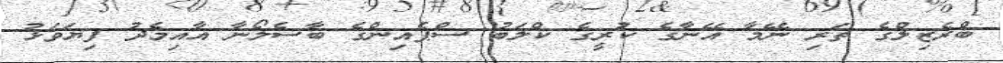
ބްރެޒިލްގެ ތަރި ނޭމާ އޭނާގެ ކުރީގެ ކްލަބު ސްޕެއިންގެ ބާސެލޯނާ އާއިމެދު ފިޔަވަޅު